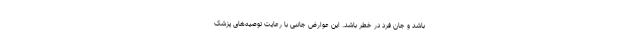
باشد و جان فرد در خطر باشد. این عوارض جانبی با رعایت توصیه‌های پزشک